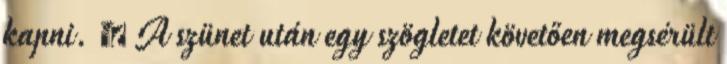
kapni. 🙁 A szünet után egy szögletet követően megsérült